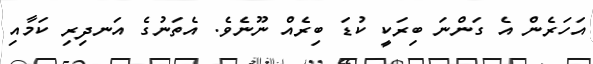
އަހަރެން އެ ގަންނަ ބިރަކީ ކުޑަ ބިރެއް ނޫނެވެ. އެތަނުގެ އަނދިރި ކަމާއި